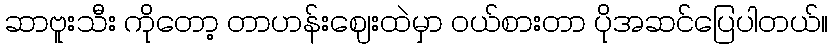
ဆာဗူးသီး ကိုတော့ တာဟန်းဈေးထဲမှာ ဝယ်စားတာ ပိုအဆင်ပြေပါတယ်။